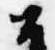
召